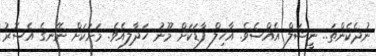
ނުދެކެންތަ.. ނީޝަލް އެއްސެވެ. އާހިލް ފާޑަކަށް މޫނު ހަދާލިއެވެ. މަށަކަށް ނޭނގެ އެސޮރު